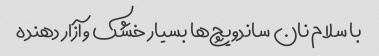
با سلام نان ساندویچ‌ها بسیار خشک و آزار دهنده